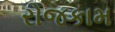
રોજકામ